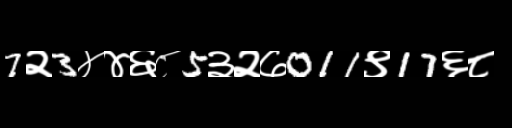
Text: 7२3४४६८5३२७011९17६८